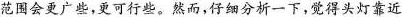
范围会更广些，更可行些。然而，仔细分析一下，觉得头灯靠近